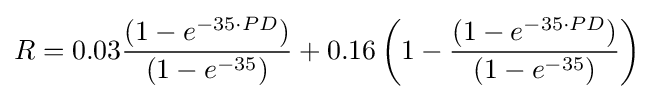
R=0.03{\frac {(1-e^{-35\cdot PD})}{(1-e^{-35})}}+0.16\left(1-{\frac {(1-e^{-35\cdot PD})}{(1-e^{-35})}}\right)